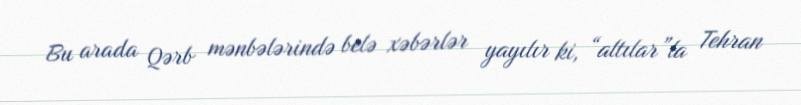
Bu arada Qərb mənbələrində belə xəbərlər yayılır ki, “altılar”la Tehran